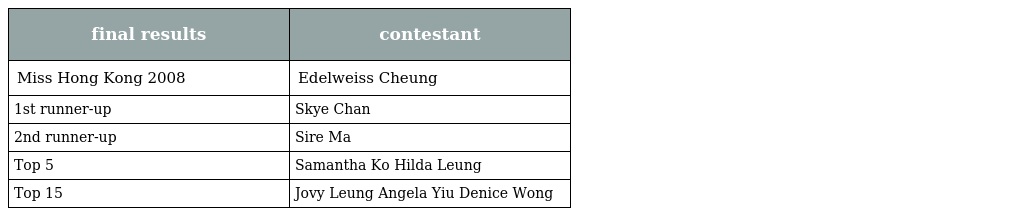
| final results | contestant |
 | --- | --- |
 | Miss Hong Kong 2008 | Edelweiss Cheung |
 | 1st runner-up | Skye Chan |
 | 2nd runner-up | Sire Ma |
 | Top 5 | Samantha Ko Hilda Leung |
 | Top 15 | Jovy Leung Angela Yiu Denice Wong |